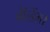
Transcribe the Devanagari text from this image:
वेल्डिंग।